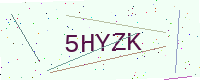
Text: 5HYZK